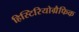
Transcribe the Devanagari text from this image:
हिस्टिरियोग्रैफिक